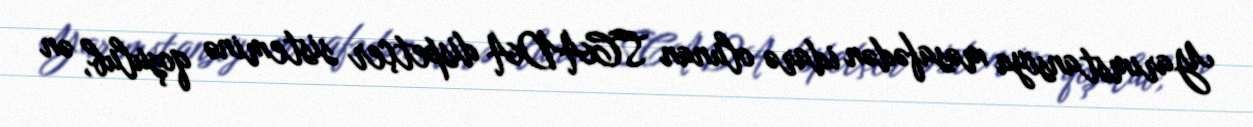
Yarımstansiya məsafədən idarə olunan SCADA dispetçer sisteminə qoşulub, ən